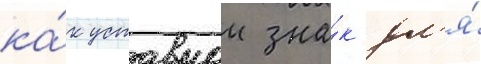
ка́к уставнои зна́к дл'я́